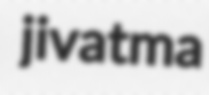
jivatma